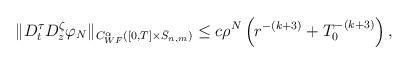
LaTeX: \begin{align*}\begin{aligned}\|D^{\tau}_tD^{\zeta}_z\varphi_N\|_{C^{\alpha}_{WF}([0,T]\times\bar S_{n,m})}\leq c \rho^N\left(r^{-(k+3)}+T_0^{-(k+3)}\right),\end{aligned}\end{align*}